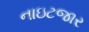
નાઇટજાર